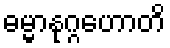
ဓမ္မာနုဂ္ဂဟောတိ